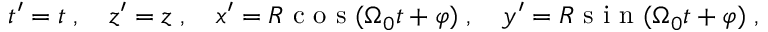
t ^ { \prime } = t \; , \quad z ^ { \prime } = z \; , \quad x ^ { \prime } = R \mathrm { ~ c ~ o ~ s ~ } ( { \Omega } _ { 0 } t + \varphi ) \; , \quad y ^ { \prime } = R \mathrm { ~ s ~ i ~ n ~ } ( { \Omega } _ { 0 } t + { \varphi } ) \; ,